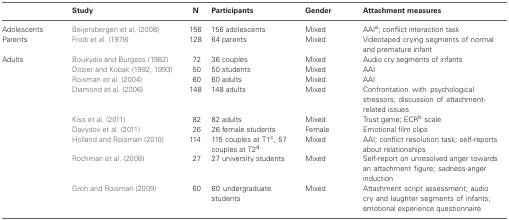
<table><thead><tr><td>[EMPTY_CELL]</td><td><b>Study</b></td><td><b>N</b></td><td><b>Participants</b></td><td><b>Gender</b></td><td><b>Attachment measures</b></td></tr></thead><tbody><tr><td>Adolescents</td><td>Beijersbergen et al. (2008)</td><td>156</td><td>156 adolescents</td><td>Mixed</td><td>AAI<sup>a</sup>; conflict interaction task</td></tr><tr><td>Parents</td><td>Frodi et al. (1978)</td><td>128</td><td>64 parents</td><td>Mixed</td><td>Videotaped crying segments of normal and premature infant</td></tr><tr><td>Adults</td><td>Boukydis and Burgess (1982)</td><td>72</td><td>36 couples</td><td>Mixed</td><td>Audio cry segments of infants</td></tr><tr><td>[EMPTY_CELL]</td><td>Dozier and Kobak (1992, 1993)</td><td>50</td><td>50 students</td><td>Mixed</td><td>AAI</td></tr><tr><td>[EMPTY_CELL]</td><td>Roisman et al. (2004)</td><td>60</td><td>60 adults</td><td>Mixed</td><td>AAI</td></tr><tr><td>[EMPTY_CELL]</td><td>Diamond et al. (2006)</td><td>148</td><td>148 adults</td><td>Mixed</td><td>Confrontation with psychological stressors; discussion of attachment-related issues</td></tr><tr><td>[EMPTY_CELL]</td><td>Kiss et al. (2011)</td><td>82</td><td>82 adults</td><td>Mixed</td><td>Trust game; ECR<sup>b</sup> scale</td></tr><tr><td>[EMPTY_CELL]</td><td>Davydov et al. (2011)</td><td>26</td><td>26 female students</td><td>Female</td><td>Emotional film clips</td></tr><tr><td>[EMPTY_CELL]</td><td>Holland and Roisman (2010)</td><td>114</td><td>115 couples at T1<sup>c</sup>, 57 couples at T2<sup>d</sup></td><td>Mixed</td><td>AAI; conflict resolution task; self-reports about relationships</td></tr><tr><td>[EMPTY_CELL]</td><td>Rochman et al. (2008)</td><td>27</td><td>27 university students</td><td>Mixed</td><td>Self-report on unresolved anger towards an attachment figure; sadness-anger induction</td></tr><tr><td>[EMPTY_CELL]</td><td>Groh and Roisman (2009)</td><td>60</td><td>60 undergraduate students</td><td>Mixed</td><td>Attachment script assessment; audio cry and laughter segments of infants; emotional experience questionnaire</td></tr></tbody></table>